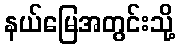
နယ်မြေအတွင်းသို့